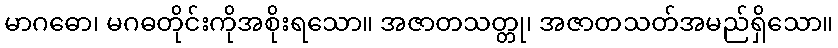
မာဂဓော၊ မဂဓတိုင်းကိုအစိုးရသော။ အဇာတသတ္တု၊ အဇာတသတ်အမည်ရှိသော။